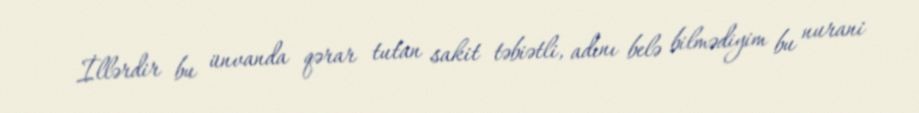
İllərdir bu ünvanda qərar tutan sakit təbiətli, adını belə bilmədiyim bu nurani